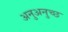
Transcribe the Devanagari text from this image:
अनुअनुच्छ